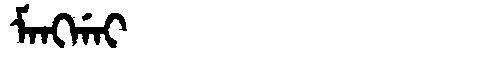
Manchu: ᠮᠠᠩᡤᠠᡳ
Romanization: MANGGAI